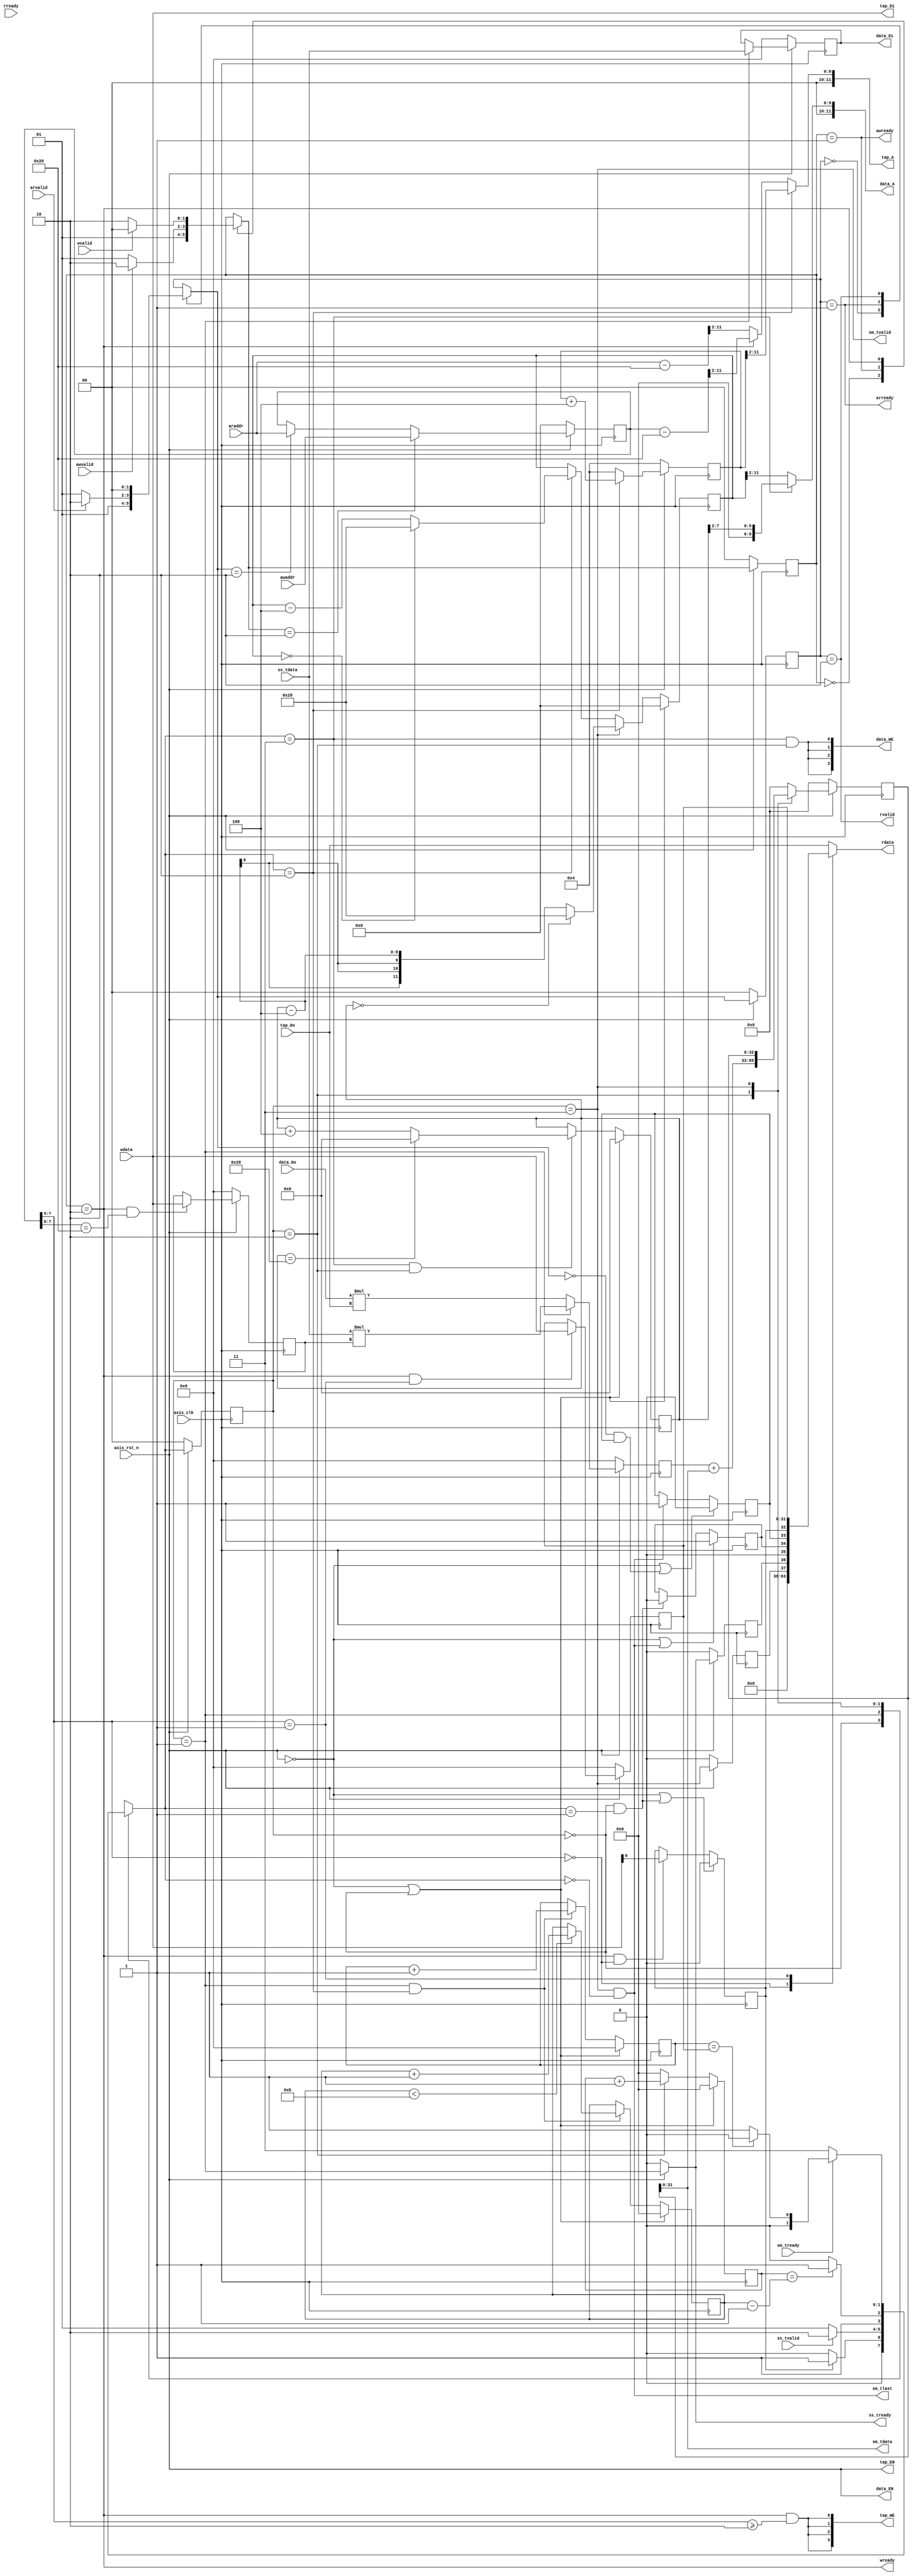
module fir_test 
#(  parameter pADDR_WIDTH = 12,
    parameter pDATA_WIDTH = 32,
    parameter Tape_Num    = 11
)
(   
    //--------------------------------------------------
    // Global
    input   wire                     axis_clk,
    input   wire                     axis_rst_n,
    //--------------------------------------------------
    // AXI-lite slave write
    // address write
    output  wire                     awready,
    input   wire                     awvalid,
    input   wire [(pADDR_WIDTH-1):0] awaddr,
    // data write
    output  wire                     wready,
    input   wire                     wvalid,    
    input   wire [(pDATA_WIDTH-1):0] wdata,
    //--------------------------------------------------
    // AXI-lite slave read
    // address read
    output  wire                     arready,
    input   wire                     arvalid,
    input   wire [(pADDR_WIDTH-1):0] araddr,
    // data read
    input   wire                     rready,
    output  wire                     rvalid,
    output  reg  [(pDATA_WIDTH-1):0] rdata,
    //--------------------------------------------------
    // AXI-ST slave - X
    output  wire                     ss_tready,
    input   wire                     ss_tvalid, 
    //input   wire                     ss_tlast,
    input   wire [(pDATA_WIDTH-1):0] ss_tdata,
    //--------------------------------------------------
    // AXI-ST master - Y
    input   wire                     sm_tready, 
    output  wire                     sm_tvalid,  
    output  wire                     sm_tlast, 
    output  wire [(pDATA_WIDTH-1):0] sm_tdata,
    //--------------------------------------------------
    // bram for TAP RAM
    output  wire   [3:0]             tap_WE,
    output  wire                     tap_EN,
    output  wire [(pDATA_WIDTH-1):0] tap_Di,
    output  wire [(pADDR_WIDTH-1):0] tap_A,
    input   wire [(pDATA_WIDTH-1):0] tap_Do,
    //--------------------------------------------------
    // bram for X RAM
    output  wire  [3:0]              data_WE,
    output  wire                     data_EN,
    output  wire [(pDATA_WIDTH-1):0] data_Di,
    output  wire [(pADDR_WIDTH-1):0] data_A,
    input   wire [(pDATA_WIDTH-1):0] data_Do
);
    //==================================================
    // PARAMETERS
    //==================================================
    // AXI-lite FSM
    localparam  S_IDLE = 2'd0,     // wait for adddr valid
                S_ADDR = 2'd1,     // address in
                S_DATA = 2'd2;     // data in/out 
    // FIR FSM
    localparam  FIR_WAIT = 2'd0,  // wait for ap start
                FIR_IDLE = 2'd1,  // wait X in
                FIR_PROC = 2'd2,
                FIR_DONE = 2'd3;  // Y valid
    //==================================================


    //==================================================
    // INTERNAL REG & WIRES
    //==================================================
    // FSM
    reg  [1:0] cs_w, ns_w;
    reg  [1:0] cs_r, ns_r;
    reg  [1:0] fir_cs, fir_ns;
    // AP
    reg [pADDR_WIDTH-1:0]   addr_reg;
    reg                     ap_start;
    reg                     ap_done;
    reg                     ap_idle;
    // X valid, Y ready reg
    reg                     x_ready_reg;
    reg                     y_valid_reg;
    // Data length
    reg [pDATA_WIDTH-1:0]   data_len;
    // Last input flag
    reg                     tlast_flag;
    // Tap A mux
    reg [pADDR_WIDTH-1:0]   tap_A_mux;
    // Buffer
    reg [pDATA_WIDTH-1:0]   TAP0_buf;
    reg [pDATA_WIDTH-1:0]   xt_buf;
    // RAM addr control
    reg [pADDR_WIDTH-1:0]   fir_tap_addr;
    reg [7:0]               x_addr_init;
    reg [pADDR_WIDTH-1:0]   x_addr;
    // Counter
    reg [3:0]               data_count;
    reg [3:0]               proc_count;
    // ALU
    reg [2*pDATA_WIDTH-1:0] fir_multi;
    reg [pDATA_WIDTH:0]     fir_sum;
    wire [pDATA_WIDTH-1:0]  fir_o;
    //==================================================


    //==================================================
    // AXI-lite slave write channel
    //==================================================
    // FSM
    //--------------------------------------------------
    always @(posedge axis_clk) begin
        if (!axis_rst_n)
            cs_w <= S_IDLE;
        else
            cs_w <= ns_w;
    end
    always @(*) begin
        ns_w = cs_w;
        case (cs_w)
            S_IDLE: ns_w = S_ADDR;
            S_ADDR: ns_w = (awvalid)? S_DATA : S_ADDR;
            S_DATA: ns_w = ( wvalid)? S_IDLE : S_DATA;
        endcase
    end
    //--------------------------------------------------
    assign awready = (cs_w == S_ADDR);

    assign wready = (cs_w == S_DATA);
    //==================================================


    //==================================================
    // AXI-lite slave read channel
    //==================================================
    // FSM
    //--------------------------------------------------
    always @(posedge axis_clk) begin
        if (!axis_rst_n)
            cs_r <= S_IDLE;
        else
            cs_r <= ns_r;
    end
    always @(*) begin
        ns_r = cs_r;
        case (cs_r)
            S_IDLE: ns_r = S_ADDR;
            S_ADDR: ns_r = (arvalid)? S_DATA : S_ADDR;
            S_DATA: ns_r = ( rvalid)? S_IDLE : S_DATA;
        endcase
    end
    //--------------------------------------------------
    assign arready = (cs_r == S_ADDR);

    assign rvalid = (cs_r == S_DATA);
    //--------------------------------------------------
    // Read data
    always @(*) begin
        rdata = 32'd0;
        case (addr_reg[7:4])
            4'd0:   rdata = { 27'd0, y_valid_reg, x_ready_reg, 1'b0, ap_idle, ap_done, ap_start };  // 0x00 - ap 
            4'd1:   rdata = data_len;                               // 0x10 - data_len 0x10
            4'd2:   rdata = tap_Do;                                 // 0x20 - TAP RAM 
            4'd3:   rdata = tap_Do;                                 // 0x30 - TAP RAM
            4'd4:   rdata = tap_Do;                                 // 0x40 - TAP RAM
            default: rdata = tap_Do;
        endcase
    end
    //==================================================


    //==================================================
    // TAP RAM & AP & data_len
    //==================================================

    // Note of address map:
    // 1.
    // coef address to tap bram start from 0x20 = 0010_0000 = 8'd32
    // start address >> 2 = 0000_1000 = 8'd8
    // address: 0x20 ~ 0x48 = 32 ~ 72 = 0010_0000 ~  0100_1000
    // So, we need to make the start address -8 to match the bram [0]
    // 2.
    // we need to judge whether read & write access tap bram or registers
    // 3.
    // write channel在s_data時同時取addr&data，但read channel在s_addr吃addr並在下個cycle s_data取data

    // addr register only for lite read/write
    //--------------------------------------------------
    always @(posedge axis_clk) begin
        if (!axis_rst_n)
            addr_reg <= 11'd0;
        else begin
            if (ns_w == S_DATA)   // lite read/write時紀錄addr，寫入優先
                addr_reg <= awaddr;
            else  if (ns_r == S_DATA)
                addr_reg <= araddr;
            else
                addr_reg <= addr_reg;
        end
    end

    // AP REGISTERS
    //--------------------------------------------------
    // 0x00
    // ap_reg[0]: ap_start(RW), ap_reg[1]: ap_done(RO), ap_reg[2]: ap_idle(RO)
    always @(posedge axis_clk) begin
        if (!axis_rst_n | ((fir_cs == FIR_WAIT) & (fir_ns == FIR_IDLE)))  // ap_start reset after FIR start
            ap_start <= 1'b0;
        else begin
            if ((cs_w == S_DATA) & (addr_reg[7:4] == 4'd0))               // lite write
                ap_start <=  wdata[0];
            else
                ap_start <= ap_start;
        end
    end

    always @(posedge axis_clk) begin
        if (!axis_rst_n | ((ns_r == S_IDLE) & (ap_done == 1'b1)))    // reset ap_done when ap_done == 1 is read
            ap_done <= 1'b0;
        else begin
            if ((fir_cs == FIR_DONE) & (fir_ns == FIR_WAIT))         // pull up while FIR finish all data
                ap_done <= 1'b1;
            else
                ap_done <= ap_done;
        end
    end

    always @(posedge axis_clk) begin
        if (!axis_rst_n | ((fir_cs == FIR_DONE) & (fir_ns == FIR_WAIT)))  // reset ap_idle when FIR finish
            ap_idle <= 1'b1;
        else begin
            if ((fir_cs == FIR_WAIT) & (fir_ns == FIR_IDLE))              // ap_idle reset after FIR start
                ap_idle <= 1'b0;
            else
                ap_idle <= ap_idle;
        end
    end
    // X ready reg, Y valid reg (RO)
    //--------------------------------------------------
    // reg                     x_ready_reg;
    always @(posedge axis_clk) begin
        if (!axis_rst_n)
            x_ready_reg <= 0;
        else
            x_ready_reg <= ss_tready;
    end
    // reg                     y_valid_reg;
    always @(posedge axis_clk) begin
        if (!axis_rst_n)
            y_valid_reg <= 0;
        else
            y_valid_reg <= sm_tvalid;
    end

    //--------------------------------------------------

    // DATA LENGTH
    //--------------------------------------------------
    // 0x10
    always @(posedge axis_clk) begin
        if (!axis_rst_n)
            data_len <= 32'd0;
        else begin
            if ((cs_w == S_DATA) & (addr_reg[7:4] == 4'd1))
                data_len <= wdata;
            else
                data_len <= data_len;
        end
    end
    //--------------------------------------------------
    
    // Tap RAM
    //--------------------------------------------------
    assign tap_WE = { 4{ (cs_w == S_DATA) & (addr_reg[7:4] >= 4'd2) } };

    assign tap_EN = axis_rst_n;     // reset外皆enable

    // 0x20
    // ACCESS: 1.FIR read 2.lite write 3. lite read (共用RAM ADDR port但不會同時access)
    assign tap_A = tap_A_mux;
    
    always @(*) begin
        tap_A_mux = 12'd0;
        if (fir_ns == FIR_PROC)
            tap_A_mux = fir_tap_addr >> 2;
        else if (cs_w == S_DATA)
            tap_A_mux = (addr_reg - 8'h20) >> 2;
        else
            tap_A_mux = (araddr - 8'h20) >> 2;
    end

    // Tap RAM data input
    assign tap_Di = wdata;
    //==================================================
    

    //==================================================
    // FIR & X RAM
    //==================================================
    // FSM
    //--------------------------------------------------
    always @(posedge axis_clk) begin
        if (!axis_rst_n)
            fir_cs <= FIR_WAIT;
        else
            fir_cs <= fir_ns;
    end
    always @(*) begin
        fir_ns = fir_cs;
        case (fir_cs)
        FIR_WAIT: fir_ns = (ap_start)? FIR_IDLE : FIR_WAIT; 
        FIR_IDLE: fir_ns = (ss_tvalid)? FIR_PROC : FIR_IDLE;
        FIR_PROC: fir_ns = (proc_count == (data_count - 1'b1))? FIR_DONE : FIR_PROC;
        FIR_DONE: fir_ns = (sm_tready)? ((last_count==data_len)? FIR_WAIT: FIR_IDLE) : FIR_DONE;
        endcase
    end
    //--------------------------------------------------

    // AXI-streaming slave - X
    //--------------------------------------------------
    assign ss_tready = (~axis_rst_n)? 1'b0 : (fir_cs == FIR_IDLE);
    //--------------------------------------------------

    // AXI-streaming master - Y
    //--------------------------------------------------
    assign sm_tvalid = (fir_cs == FIR_DONE);

    assign sm_tlast  = (fir_cs == FIR_DONE) & (fir_ns == FIR_WAIT);

    assign sm_tdata  = fir_o;
    //--------------------------------------------------

     reg  [pDATA_WIDTH-1:0] last_count;
    always @(posedge axis_clk) begin
        if (!axis_rst_n | (fir_cs == FIR_WAIT))  begin   // reset while FIR wait
            last_count <= 1'b0;
        end
        else begin
            if ((fir_cs == FIR_IDLE) & (fir_ns == FIR_PROC)) begin
                last_count <= last_count+32'h1;
            end
            else begin
                last_count <= last_count;
            end
        end
    end






    // Last data flag
    /*always @(posedge axis_clk) begin
        if (!axis_rst_n | (fir_cs == FIR_WAIT))     // reset while FIR wait
            tlast_flag <= 1'b0;
        else begin
            if ((fir_cs == FIR_IDLE) & (fir_ns == FIR_PROC) & ss_tlast)
                tlast_flag <= 1'b1;
            else
                tlast_flag <= tlast_flag;
        end
    end*/

    // TAP0 buffer
    // Xt * h0 while S_IDLE -> S_PROC
    always @(posedge axis_clk) begin
        if (!axis_rst_n)
            TAP0_buf <= 32'd0;
        else begin
            if ((cs_w == S_DATA) & (addr_reg[7:0] == 8'h20))
                TAP0_buf <= wdata;
            else
                TAP0_buf <= TAP0_buf;
        end
    end

    // Xt buffer
    // Save Xt & Write into X RAM while last S_PROC
    always @(posedge axis_clk) begin
        if (!axis_rst_n)
            xt_buf <= 32'd0;
        else begin
            if (fir_cs == FIR_IDLE)
                xt_buf <= ss_tdata;
            else
                xt_buf <= xt_buf;
        end
    end
    
    // FIR RAM addr control
    //--------------------------------------------------

    // Tap RAM addr control
    // repeat 0x24 - 0x48 every process iteration
    always @(posedge axis_clk) begin
        if (!axis_rst_n)
            fir_tap_addr <= 12'h004;                // reset to TAP RAM[1]
        else if (fir_ns == FIR_PROC)
            fir_tap_addr <= fir_tap_addr + 4'h4;    // TAP RAM index + 1
        else
            fir_tap_addr <= 12'h004;                // reset to TAP RAM[1]
    end

    // X initial address indicator
    always @(posedge axis_clk) begin
        if (!axis_rst_n | (fir_cs == FIR_WAIT))     // reset while X RAM[10] & FIR_WAIT
            x_addr_init <= 8'h00;                   // reset to X RAM[0]
        else if (fir_ns == FIR_DONE && fir_cs == FIR_PROC) begin
            if (x_addr_init == 8'h28)
                x_addr_init <= 8'h00;
            else
                x_addr_init <= x_addr_init + 4'h4;  // init X RAM index +1 while last FIR_PROC
        end
        else
            x_addr_init <= x_addr_init; 
    end

    // X RAM addr control
    always @(posedge axis_clk) begin
        if (!axis_rst_n | (fir_cs == FIR_WAIT))
            x_addr <= 12'h000;
        else if (fir_cs == FIR_DONE) begin   // get new initial address while FIR DONE
            if (x_addr_init == 8'h00)
                x_addr <= 12'h028;          // 
            else
                x_addr <= x_addr_init - 4'h4;          
        end
        else if (fir_ns == FIR_PROC) begin
            if (x_addr == 12'h000)
                x_addr <= 12'h028;          // X RAM[0] -> X RAM[10]
            else
                x_addr <= x_addr - 4'h4;    // X RAM index - 1
        end
        else
            x_addr <= x_addr;
    end
    //--------------------------------------------------

    // X RAM
    //--------------------------------------------------
    assign data_WE = { 4{fir_ns == FIR_DONE & fir_cs == FIR_PROC}};                                  // Write Xt into X RAM while last FIR_PROC
    
    assign data_EN = axis_rst_n;

    assign data_A = (fir_ns == FIR_DONE)?  { 4'd0, (x_addr_init >> 2) } : (x_addr >> 2);      // Write Xt into X RAM while last FIR_PROC
    
    assign data_Di = xt_buf;
    //--------------------------------------------------

    // Data input count
    always @(posedge axis_clk) begin
        if (!axis_rst_n | (fir_cs == FIR_WAIT))
            data_count <= 4'd0;
        else if ((fir_cs == FIR_IDLE) & (fir_ns == FIR_PROC)) begin     // X handshake then +1, until count == 11
            if (data_count < 11)
                data_count <= data_count + 1'b1;
            else
                data_count <= data_count;
            end
        else
            data_count <= data_count;
    end

    // Proc count 0~11
    always @(posedge axis_clk) begin
        if (!axis_rst_n | (fir_cs == FIR_WAIT))
            proc_count <= 4'd0;
        else begin
            if (fir_cs == FIR_PROC)
                proc_count <= proc_count + 1'b1;
            else
                proc_count <= 4'd0;
        end        
    end
    //==================================================


    //==================================================
    // FIR ALU
    //==================================================
    // Multi (width: 64)
    always @(posedge axis_clk) begin
        if (!axis_rst_n)
            fir_multi <= 64'd0;
        else begin
            if (fir_cs == FIR_IDLE)
                fir_multi <= ss_tdata * TAP0_buf;   // Xt*h0
            else
                fir_multi <= data_Do * tap_Do;      //Xt-1*h1 ~
        end
    end
    // Sum (width: 33)
    always @(posedge axis_clk) begin
        if (!axis_rst_n)
            fir_sum <= 33'd0;
        else begin
            case(fir_cs)
                FIR_PROC: fir_sum <= fir_multi[31:0] + fir_sum[31:0];   // Only receive data while FIR processing
                FIR_DONE: fir_sum <= fir_sum;
                default: fir_sum <= 33'd0;                              // Other states: sum = 0
            endcase
        end
    end

    // FIR output
    assign fir_o = fir_sum[31:0];
    //==================================================


endmodule